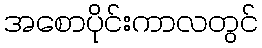
အစောပိုင်းကာလတွင်